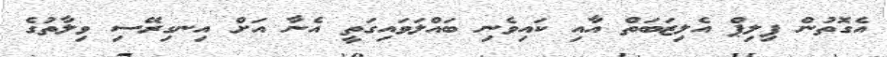
އެގޮތުން ފިލިޕް އެލިޒަބަތް އާއި ކައިވެނި ބައްލަވައިގަތީ އެނާ އަށް އިނގިރޭސި ވިލާތުގެ